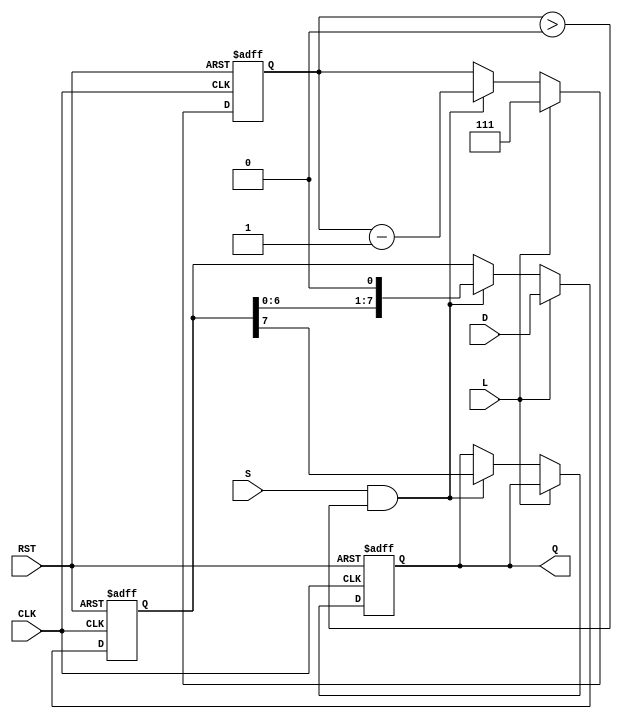
module PISO_Register (
    input wire [7:0] D,      // 8-bit parallel data input
    input wire L,            // Load control signal
    input wire S,            // Shift control signal
    input wire CLK,          // Clock signal
    input wire RST,          // Asynchronous reset signal
    output reg Q             // Serial output
);

    reg [7:0] shift_reg;     // Internal 8-bit shift register
    reg [2:0] bit_count;     // Bit counter for shifting

    always @(posedge CLK or posedge RST) begin
        if (RST) begin
            shift_reg <= 8'b0; // Clear the shift register
            Q <= 1'b0;         // Clear the serial output
            bit_count <= 3'b0; // Reset bit counter
        end else begin
            if (L) begin
                shift_reg <= D; // Load the data into the shift register
                bit_count <= 3'b111; // Set bit_count to start shifting (8 bits)
            end else if (S && bit_count > 0) begin
                Q <= shift_reg[7]; // Output the MSB
                shift_reg <= {shift_reg[6:0], 1'b0}; // Shift left and fill LSB with 0
                bit_count <= bit_count - 1; // Decrement bit counter
            end
        end
    end

endmodule